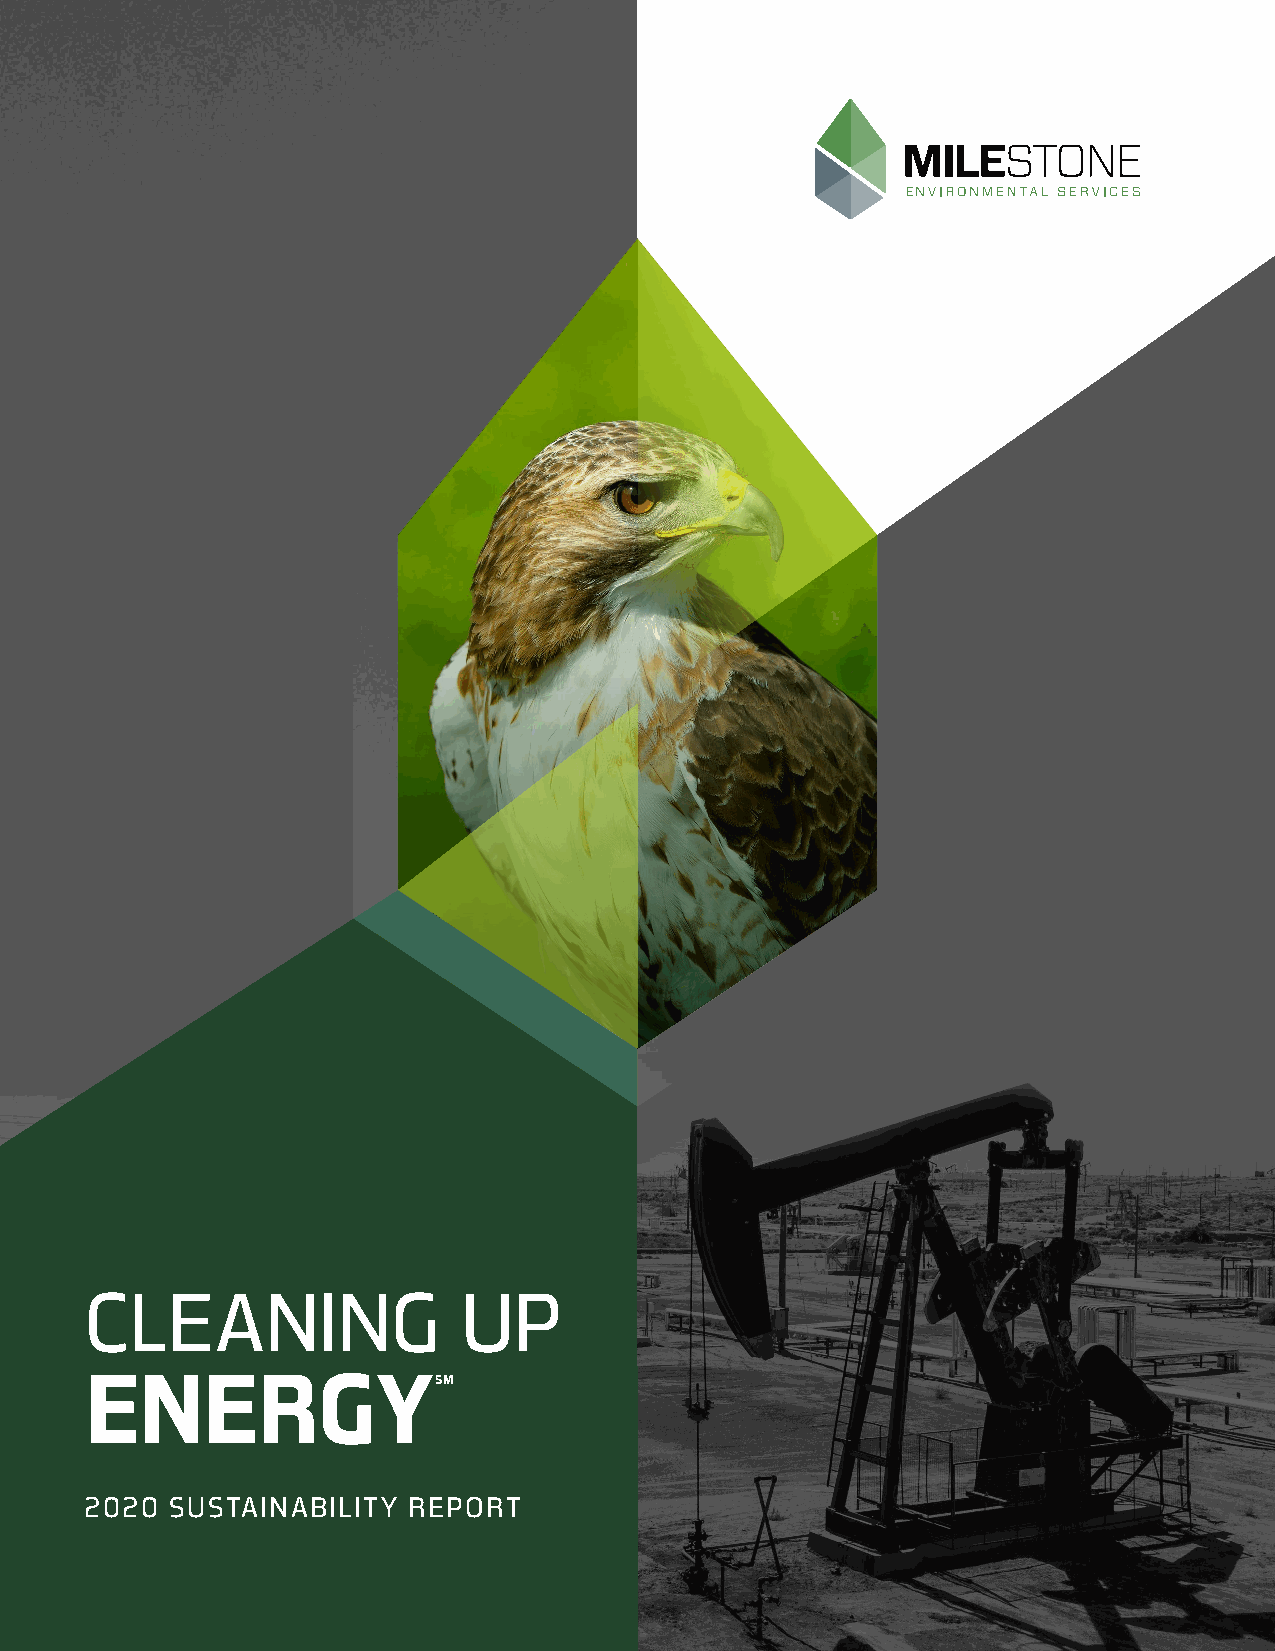
CLEANING                 UP
 ENERGYSM
 2020 SUSTAINABILITY  REPORT